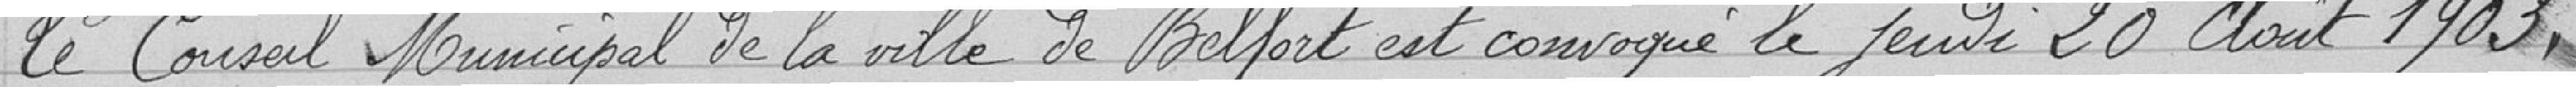
Le Conseil Municipal de la ville de Belfort est convoqué le jeudi 20 Août 1903,